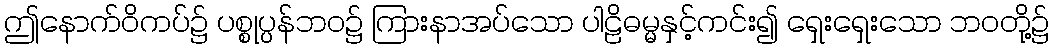
ဤနောက်ဝိကပ်၌ ပစ္စုပ္ပန်ဘဝ၌ ကြားနာအပ်သော ပါဠိဓမ္မနှင့်ကင်း၍ ရှေးရှေးသော ဘဝတို့၌